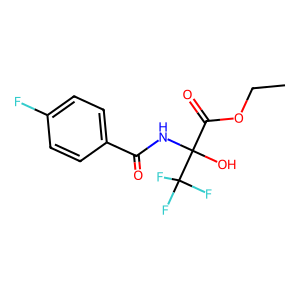
SMILES: CCOC(=O)C(O)(NC(=O)c1ccc(F)cc1)C(F)(F)F
Inhibits HIV replication: No